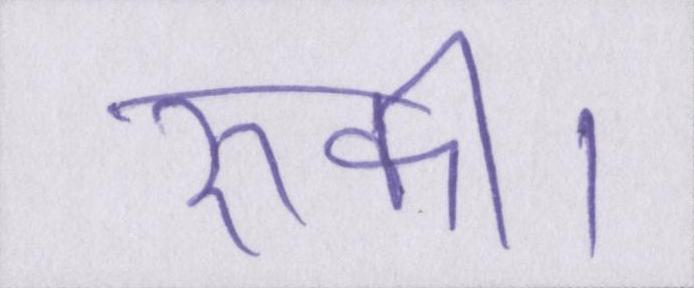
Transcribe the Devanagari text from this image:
रुकी।